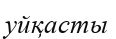
уйқасты